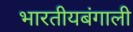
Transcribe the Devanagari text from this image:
भारतीयबंगाली